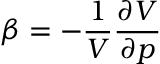
\beta = - { \frac { 1 } { V } } { \frac { \partial V } { \partial p } }